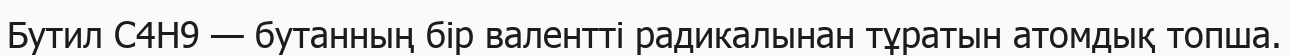
Бутил С4Н9 — бутанның бір валентті радикалынан тұратын атомдық топша.